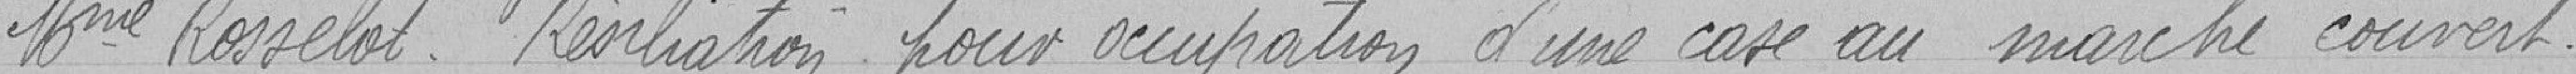
Mme ROSSELOT  - Résiliation pour occupation d'une case au marché couvert